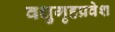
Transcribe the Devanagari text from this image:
वधुगृहप्रवेश